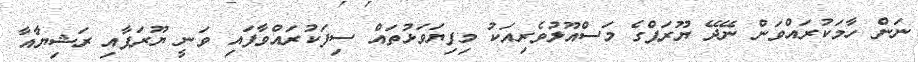
ނަން ހާމަކުރައްވަން ނޭދޭ ޔޫރަޕްގެ މަސްއޫލުވެރިއަކު މިފިޔަވަޅުތައް ސިފަކުރައްވާފައި ވަނީ ޔޫރަޕާއި ރަޝިޔާއާ